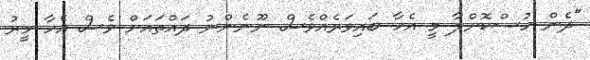
"ދެން ހުސްކޮށްލާ މީ އެހާ ބައިވަރެއްވެސް ނޫނެންނު ދައްތައަށް ވެސް އެހާ މީރު